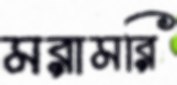
মরামরি